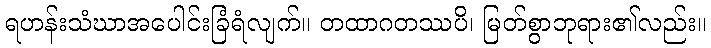
ရဟန်းသံဃာအပေါင်းခြံရံလျက်။ တထာဂတဿပိ၊ မြတ်စွာဘုရား၏လည်း။